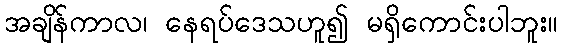
အချိန်ကာလ၊ နေရပ်ဒေသဟူ၍ မရှိကောင်းပါဘူး။